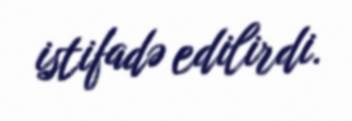
istifadə edilirdi.